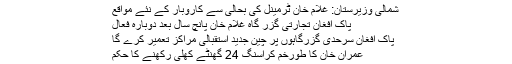
شمالی وزیرستان: غلام خان ٹرمینل کی بحالی سے کاروبار کے نئے مواقع
پاک افغان تجارتی گزر گاہ غلام خان پانچ سال بعد دوبارہ فعال
پاک افغان سرحدی گزرگاہوں پر چین جدید استقبالی مراکز تعمیر کرے گا
عمران خان کا طورخم کراسنگ 24 گھنٹے کھلی رکھنے کا حکم